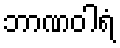
ဘာဏဝါရံ